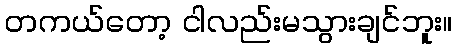
တကယ်တော့ ငါလည်းမသွားချင်ဘူး။